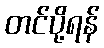
တင်ပို့ရန်